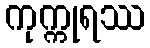
ကုက္ကုရဿ